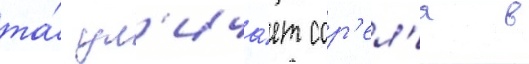
та́ ул'ича́ет сор'ел'я в